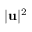
\lvert \mathbf { u } \rvert ^ { 2 }